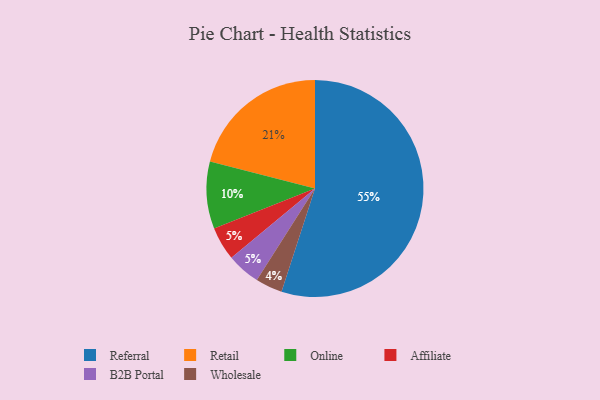
{"axis": {"x": "Category", "y": "Percentage"}, "legend": ["Affiliate", "B2B Portal", "Online", "Referral", "Retail", "Wholesale"], "data": [{"x": "Affiliate", "y": 5, "type": "Affiliate"}, {"x": "B2B Portal", "y": 5, "type": "B2B Portal"}, {"x": "Online", "y": 10, "type": "Online"}, {"x": "Wholesale", "y": 4, "type": "Wholesale"}, {"x": "Retail", "y": 21, "type": "Retail"}, {"x": "Referral", "y": 55, "type": "Referral"}]}